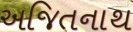
અજિતનાથ